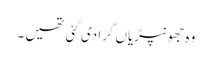
وہ جھونپڑیاں گرا دی گئی تھیں ۔